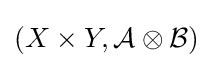
(X\times Y,{\mathcal {A}}\otimes {\mathcal {B}})